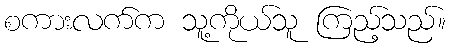
စကားလက်က သူ့ကိုယ်သူ ကြည့်သည်။